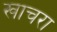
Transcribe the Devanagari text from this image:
खाचरा